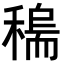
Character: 𥡼